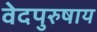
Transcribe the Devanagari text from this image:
वेदपुरुषाय